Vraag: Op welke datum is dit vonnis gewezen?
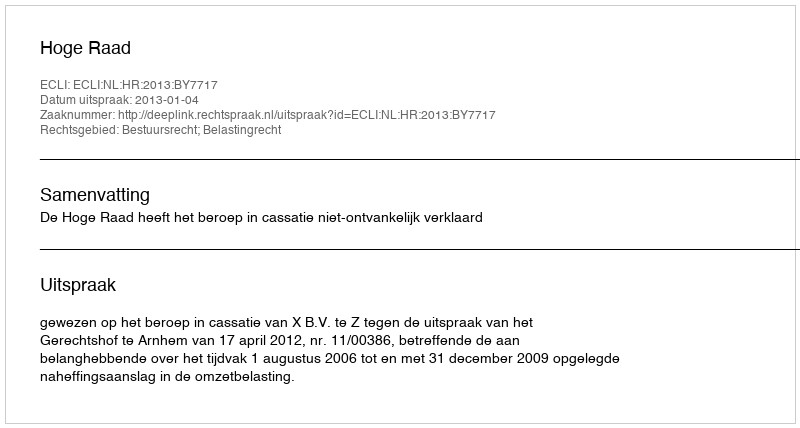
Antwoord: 2013-01-04